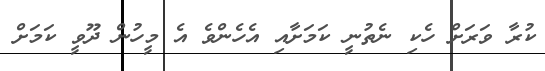
ކުރާ ވަރަށް ހެކި ނެތުނީ ކަމަށާއި އެހެންވެ އެ މީހުން ދޫވީ ކަމަށް